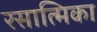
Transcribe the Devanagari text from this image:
रसात्मिका